Lunatic asylums Central Provinces reports 1895-1909 - 1895-1909
Year: 1895
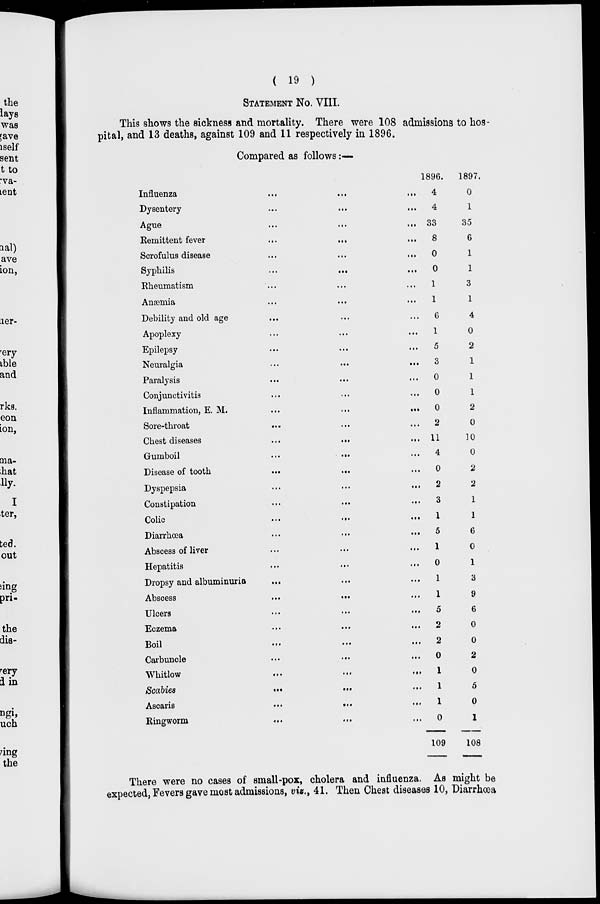
( 19 )
STATEMENT No. VIII.
This shows the sickness and mortality. There were 108 admissions to hos-
pital, and 13 deaths, against 109 and 11 respectively in 1896.
Compared as follows :—
Influenza ... ... ...
Dysentery ... ... ...
Ague ... ... ...
Remittent fever ... ... ...
Scrofulus disease ... ... ...
Syphilis ... ... ...
Rheumatism ... ... ...
Anæmia ... ... ... ...
Debility and old age ... ... ...
Apoplexy ... ... ...
Epilepsy ... ... ...
Neuralgia ... ... ...
Paralysis ... ... ...
Conjunctivitis ... ... ...
Inflammation, E. M. ... ... ...
Sore-throat ... ... ...
Chest diseases ... ... ...
Gumboil ... ... ...
Disease of tooth ... ... ...
Dyspepsia ... ... ...
Constipation ... ... ...
Colic ... ... ...
Diarrhœa ... ... ...
Abscess of liver ... ... ...
Hepatitis ... ... ...
Dropsy and albuminuria ... ... ...
Abscess ... ... ...
Ulcers ... ... ...
Eczema ... ... ...
Boil ... ... ...
Carbuncle ... ... ...
Whitlow ... ... ...
Scabies ... ... ...
Ascaris ... ... ...
Ringworm ... ... ...
1896.
4
4
33
8
0
0
1
1
6
1
5
3
0
0
0
2
11
4
0
2
3
1
5
1
0
1
1
5
2
2
0
1
1
1
109
1897.
0
1
35
6
1
1
3
1
4
0
2
1
1
1
2
0
10
0
2
2
1
1
6
0
1
3
9
6
0
0
2
0
5
0
108
There were no cases of small-pox, cholera and influenza. As might be
expected, Fevers gave most admissions, viz., 41. Then Chest diseases 10, Diarrhoea